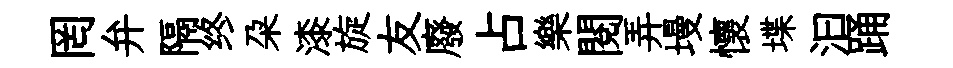
罔弁隔终朶漆旋友廢占樂閱弄墁懷堞汩踊